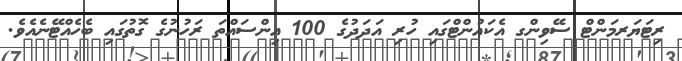
ރިޓަޔަރމަންޓް ސޭވިންގ އެކައުންޓްގައި ހުރި އަދަދުގެ 100 އިންސައްތަ ރަހުނުގެ ގޮތުގައި ބެހެއްޓޭނެއެވެ.